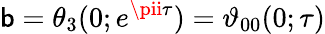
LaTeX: \mathsf{b}=\theta_{3}(0;e^{\pii\tau})=\vartheta_{00}(0;\tau)